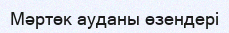
Мәртөк ауданы өзендері